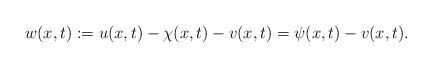
LaTeX: \begin{align*}w(x, t):=u(x, t)-\chi(x, t)-v(x, t)=\psi(x, t)-v(x, t). \end{align*}